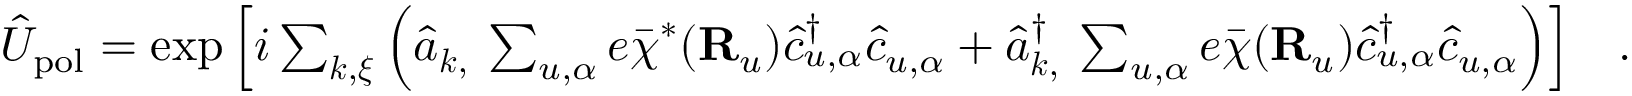
\begin{array} { r } { \hat { U } _ { \mathrm { p o l } } = \exp \Big [ i \sum _ { { \boldsymbol k } , { \boldsymbol \xi } } \Big ( \hat { a } _ { { \boldsymbol k } , { \bf \xi } } \sum _ { u , \alpha } e \bar { \boldsymbol \chi } ^ { * } ( { \bf R } _ { u } ) \hat { c } _ { u , \alpha } ^ { \dagger } \hat { c } _ { u , \alpha } + \hat { a } _ { { \boldsymbol k } , { \bf \xi } } ^ { \dagger } \sum _ { u , \alpha } e \bar { \boldsymbol \chi } ( { \bf R } _ { u } ) \hat { c } _ { u , \alpha } ^ { \dagger } \hat { c } _ { u , \alpha } \Big ) \Big ] ~ ~ ~ . } \end{array}